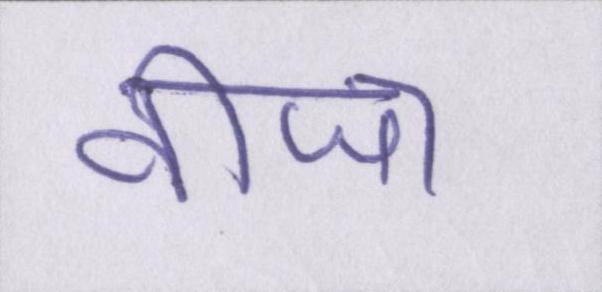
वीजा